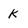
Character: K